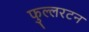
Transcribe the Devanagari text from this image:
फुल्लरटन